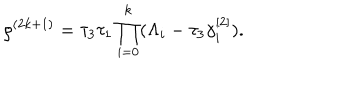
LaTeX: \rho ^ { ( 2 k + 1 ) } = \tau _ { 3 } \tau _ { 1 } \prod _ { i = 0 } ^ { k } ( \Lambda _ { i } - \tau _ { 3 } \gamma _ { i } ^ { [ 2 ] } ) .